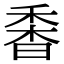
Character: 𩠼